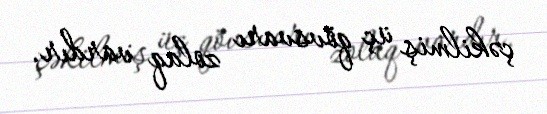
çəkilmiş üç qövsvarı zolaq vardır.